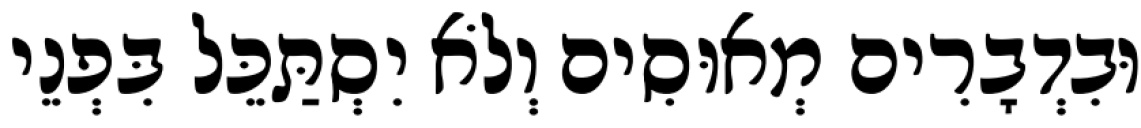
וּבִדְבָרִים מְאוּסִים וְלֹא יִסְתַּכֵּל בִּפְנֵי